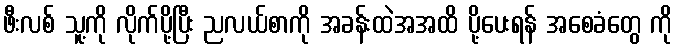
ဖီးလစ် သူ့ကို လိုက်ပို့ပြီး ညလယ်စာကို အခန်းထဲအအထိ ပို့ပေးရန် အစေခံတွေ ကို